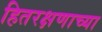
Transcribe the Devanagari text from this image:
हितरक्षणाच्या